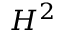
H ^ { 2 }